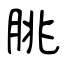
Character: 脁